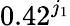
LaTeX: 0.42^{j_{1}}